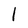
Character: l